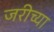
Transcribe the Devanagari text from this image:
जरीच्या